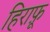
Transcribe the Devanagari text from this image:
हिराफ़ू